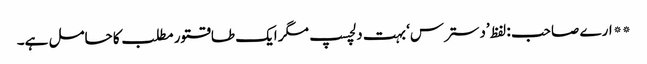
** ارے صاحب : لفظ ’دسترس‘ بہت دلچسپ مگر ایک طاقتور مطلب کا حامل ہے۔